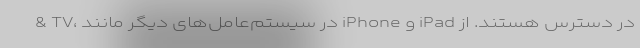
& TV، در سیستم‌عامل‌های دیگر مانند iPhone و iPad در دسترس هستند. از